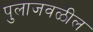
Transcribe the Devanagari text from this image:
पुलाजवळील